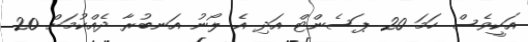
އަކީވެސް ހަމަ 20 ޕަސެންޓް އަދި އެ ލޯނު އަނބުރާ ދެއްކުމަށް 20